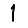
Digit: 1